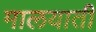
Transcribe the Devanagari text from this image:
मालयाती